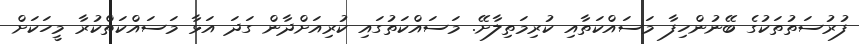
ފުރުސަތުތަކުގެ ބޭނުންހިފާ މަސައްކަތާއި ކުރިމަތިލާށޭ. މަސައްކަތުގައި ކުރިއަށްދާން ގަދަ އަޅާ މަސައްކަތްކުރާ މީހަކަށް